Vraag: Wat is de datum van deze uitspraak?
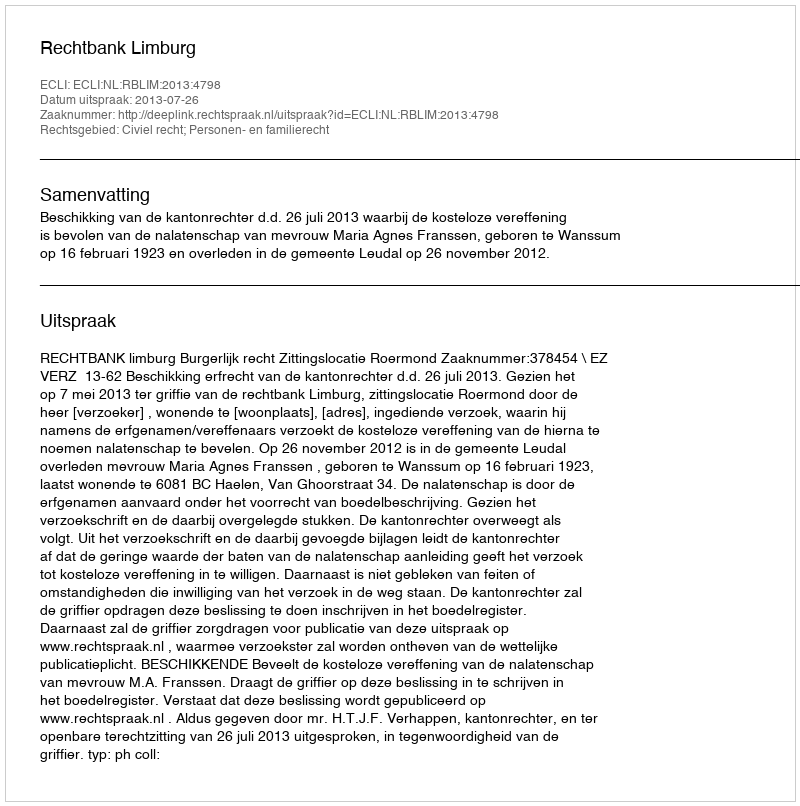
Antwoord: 2013-07-26